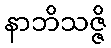
နာဘိသဇ္ဇိ